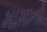
મામાનો